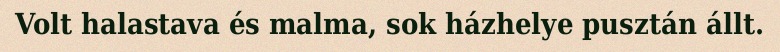
Volt halastava és malma, sok házhelye pusztán állt.